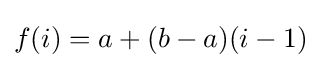
f(i)=a+(b-a)(i-1)